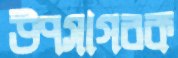
উপসাগরক